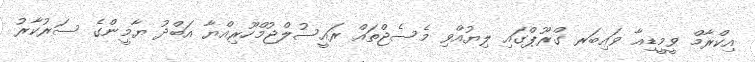
އިކްރާމް ވީމީޑިއާ ވައިބަރ ގްރޫޕްގައި ލިޔުއްވި މެސެޖްތައް ރައީސުލްޖުމްހޫރިއްޔާ އަބްދު ޔާމީންގެ ސަރުކާރު